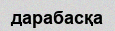
дарабасқа